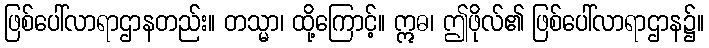
ဖြစ်ပေါ်လာရာဌာနတည်း။ တသ္မာ၊ ထို့ကြောင့်။ ဣဓ၊ ဤဖိုလ်၏ ဖြစ်ပေါ်လာရာဌာန၌။